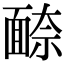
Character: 𩈫